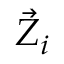
{ \vec { Z } } _ { i }